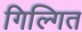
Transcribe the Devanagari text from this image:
गिल्गित